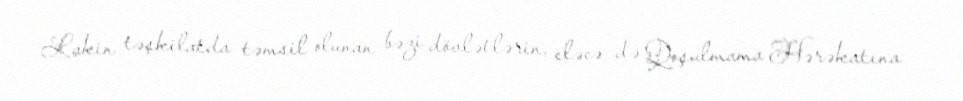
Lakin təşkilatda təmsil olunan bəzi dövlətlərin, eləcə də Qoşulmama Hərəkatına